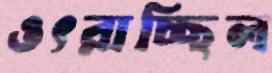
ওৎরাচ্ছিল